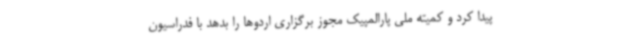
پیدا کرد و کمیته ملی پارالمپیک مجوز برگزاری اردوها را بدهد با فدراسیون